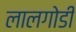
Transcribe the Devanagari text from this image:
लालगोडी